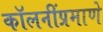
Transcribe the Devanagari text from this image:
कॉलनींप्रमाणे